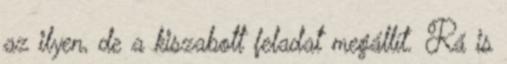
az ilyen, de a kiszabott feladat megállít. Rá is